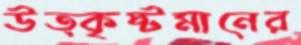
উত্কৃষ্টমানের